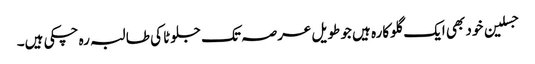
جسلین خود بھی ایک گلوکارہ ہیں جو طویل عرصہ تک جلوٹا کی طالبہ رہ چکی ہیں۔